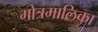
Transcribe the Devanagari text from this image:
गोत्रमालिका